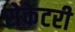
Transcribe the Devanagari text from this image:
सेकेटरी